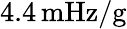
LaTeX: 4.4\, \mathrm{mHz}/\mathrm{g}